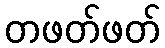
တဖတ်ဖတ်